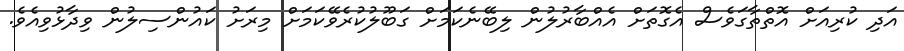
އަދި ކުރިއަށް އޮތްތާގަވެސް އެގޮތަށް އެއްބާރުލުން ލިބޭނެކަމަށް ގަބޫލުކުރެވޭކަމަށް މިރަށު ކައުންސިލުން ވިދާޅުވިއެވެ.